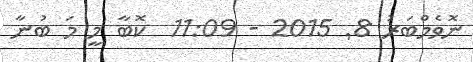
ނޮވެމްބަރު 8